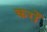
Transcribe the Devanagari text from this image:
करोँ